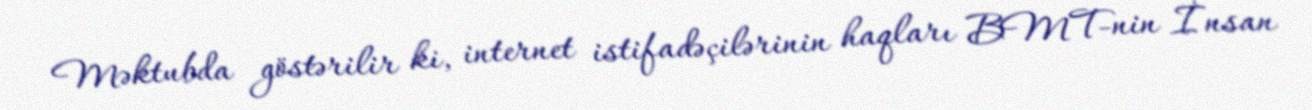
Məktubda göstərilir ki, internet istifadəçilərinin haqları BMT-nin İnsan